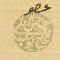
عضو حسين العلم الحاج يوسف